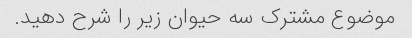
موضوع مشترک سه حیوان زیر را شرح دهید.